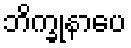
ဘိက္ခုနာပေ